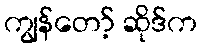
ကျွန်တော့် ဆိုဒ်က